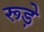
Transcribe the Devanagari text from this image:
रूड़े